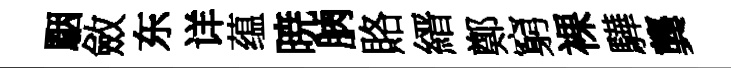
駰斂东详蕴暁朒賂縉鄭窮裸驊龔